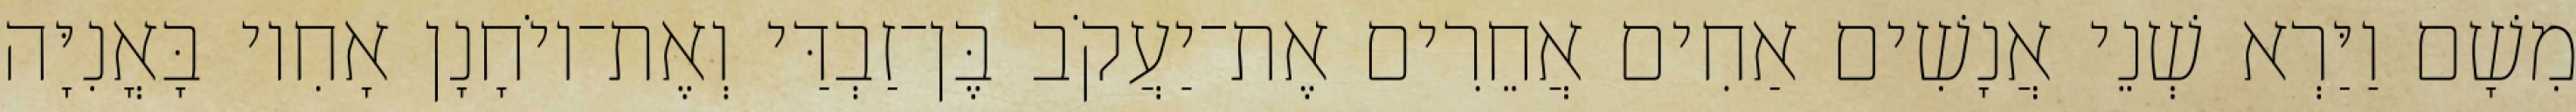
מִשָׁם וַיַּרְא שְׁנֵי אֲנָשִׁים אַחִים אֲחֵרִים אֶת־יַעֲקֹב בֶּן־זַבְדַּי וְאֶת־יוֹחָנָן אָחִיו בָּאֳנִיָּה